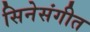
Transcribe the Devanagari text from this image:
सिनेसंगीत